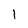
Character: I